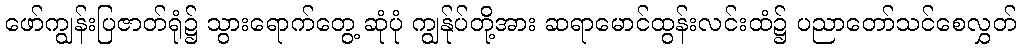
ဖော်ကျွန်းပြဇာတ်ရုံ၌ သွားရောက်တွေ့ ဆုံပုံ ကျွန်ုပ်တို့အား ဆရာမောင်ထွန်းလင်းထံ၌ ပညာတော်သင်စေလွှတ်